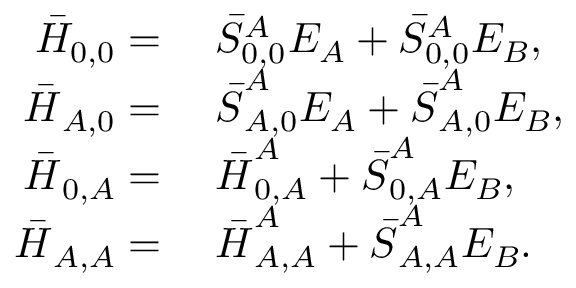
\begin{array} { r l } { \bar { H } _ { 0 , 0 } = } & { \; \bar { { S } } _ { 0 , 0 } ^ { A } E _ { A } + \bar { { S } } _ { 0 , 0 } ^ { A } E _ { B } , } \\ { \boldsymbol { \bar { H } } _ { A , 0 } = } & { \; \boldsymbol { \bar { { S } } } _ { A , 0 } ^ { A } E _ { A } + \boldsymbol { \bar { { S } } } _ { A , 0 } ^ { A } E _ { B } , } \\ { \boldsymbol { \bar { H } } _ { 0 , A } = } & { \; \boldsymbol { \bar { H } } _ { 0 , A } ^ { A } + \boldsymbol { \bar { { S } } } _ { 0 , A } ^ { A } E _ { B } , } \\ { \boldsymbol { \bar { H } } _ { A , A } = } & { \; \boldsymbol { \bar { H } } _ { A , A } ^ { A } + \boldsymbol { \bar { { S } } } _ { A , A } ^ { A } E _ { B } . } \end{array}